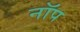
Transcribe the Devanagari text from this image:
नॉप